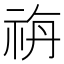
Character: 𥙡